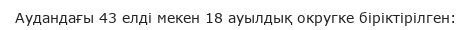
Аудандағы 43 елді мекен 18 ауылдық округке біріктірілген: